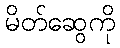
မိတ်ဆွေကို